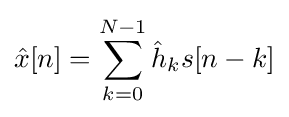
{\hat {x}}[n]=\sum _{k=0}^{N-1}{\hat {h}}_{k}s[n-k]